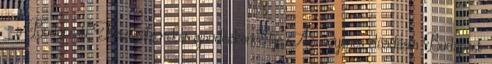
– a Budapesti Fesztiválzenekar ajándékkoncertje Az ingyenes előadásra Budapest